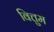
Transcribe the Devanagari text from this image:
वित्तुम